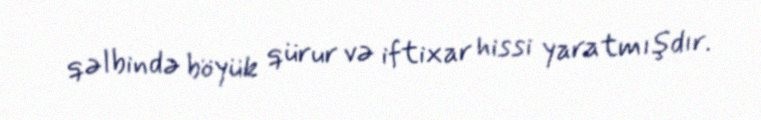
qəlbində böyük qürur və iftixar hissi yaratmışdır.